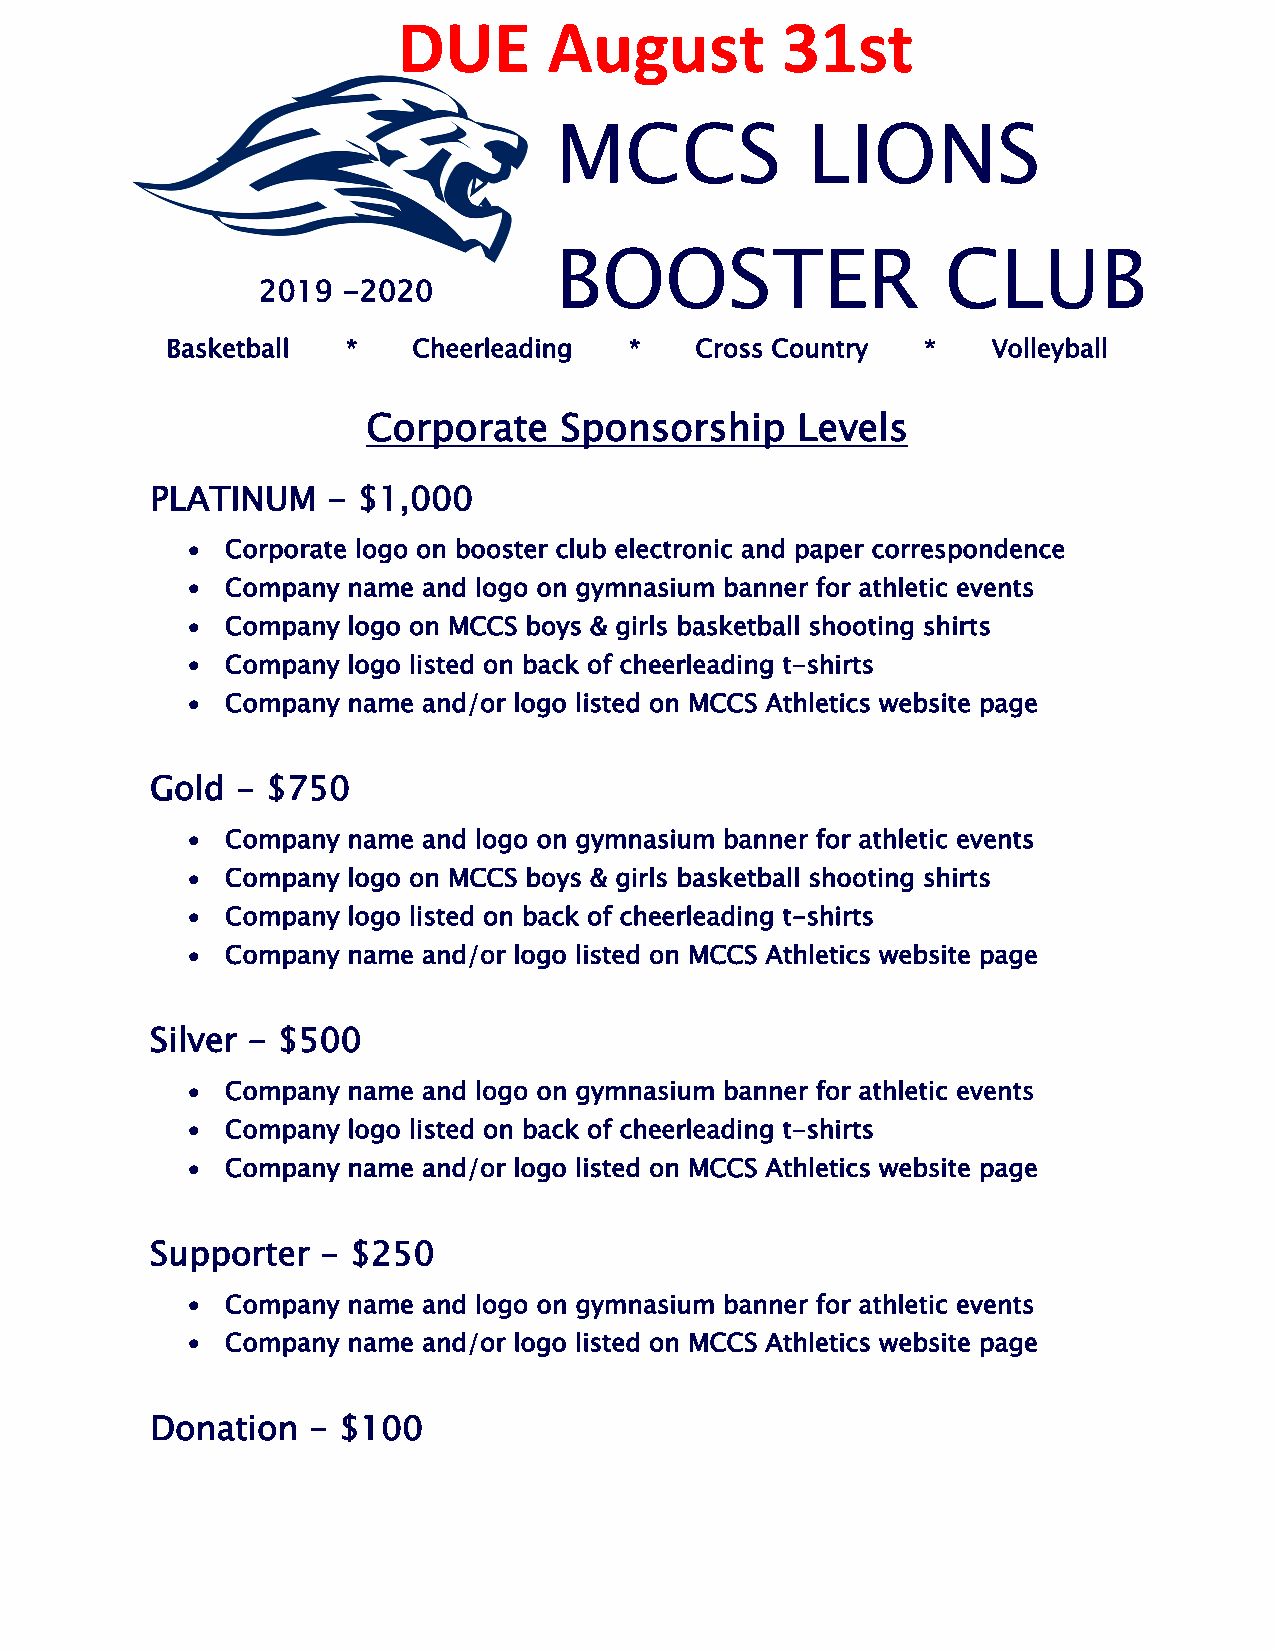
DUE       August          31st
 MCCS            LIONS
 BOOSTER                   CLUB
 2019  -2020
 Basketball  *   Cheerleading   *   Cross Country  *    Volleyball
 Corporate    Sponsorship     Levels
 PLATINUM    - $1,000
 •  Corporate logo on booster club electronic and paper correspondence
 •  Company name and logo on gymnasium banner for athletic events
 •  Company logo on MCCS boys & girls basketball shooting shirts
 •  Company logo listed on back of cheerleading t-shirts
 •  Company name and/or logo listed on MCCS Athletics website page
 Gold  - $750
 •  Company name and logo on gymnasium banner for athletic events
 •  Company logo on MCCS boys & girls basketball shooting shirts
 •  Company logo listed on back of cheerleading t-shirts
 •  Company name and/or logo listed on MCCS Athletics website page
 Silver - $500
 •  Company name and logo on gymnasium banner for athletic events
 •  Company logo listed on back of cheerleading t-shirts
 •  Company name and/or logo listed on MCCS Athletics website page
 Supporter  - $250
 •  Company name and logo on gymnasium banner for athletic events
 •  Company name and/or logo listed on MCCS Athletics website page
 Donation  - $100